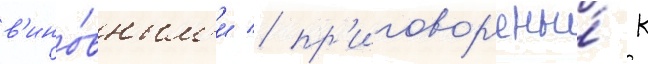
в'ино́вным'и / пр'иговор'ены́ к